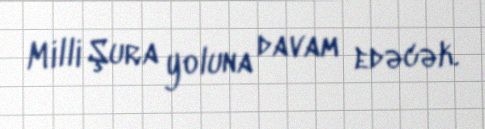
Milli Şura yoluna davam edəcək.